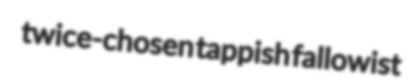
twice-chosen tappish fallowist